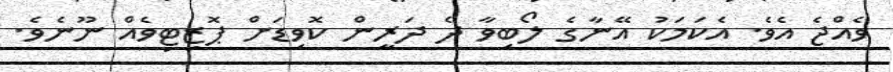
ވެއްޖެ އެވެ. އެކަމަކު އޭނާގެ ލޯބިވާ ދެ ދަރީން ކޮވިޑަށް ޕޮޒިޓިވެއް ނޫނެވެ.